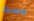
التصديق